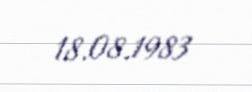
18.08.1983